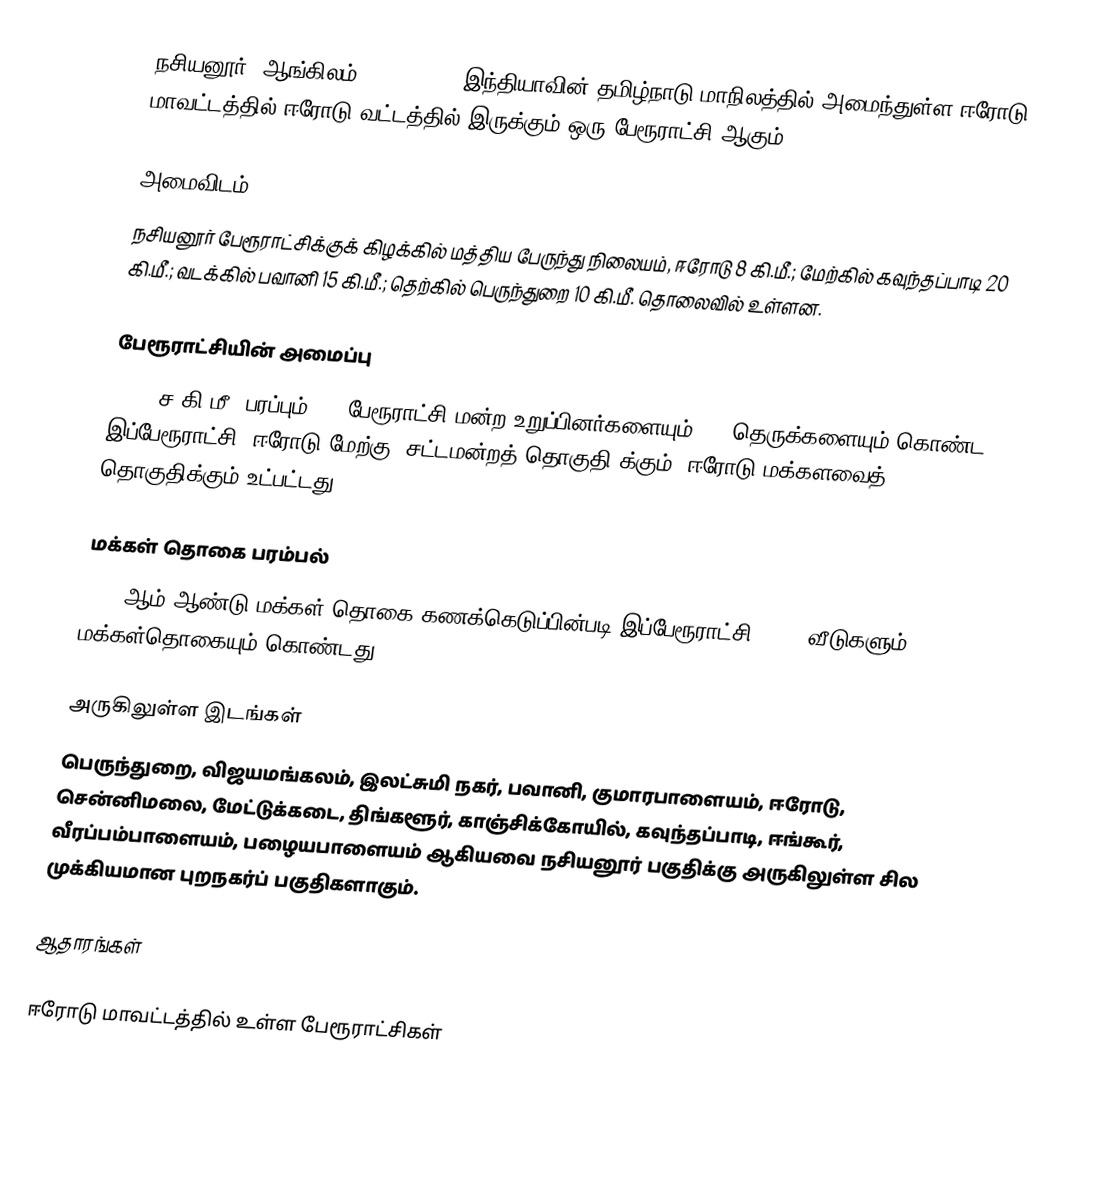
நசியனூர் (ஆங்கிலம்:Nasiyanur), இந்தியாவின் தமிழ்நாடு மாநிலத்தில் அமைந்துள்ள ஈரோடு மாவட்டத்தில் ஈரோடு வட்டத்தில் இருக்கும் ஒரு பேரூராட்சி ஆகும்.

அமைவிடம்
நசியனூர் பேரூராட்சிக்குக் கிழக்கில் மத்திய பேருந்து நிலையம், ஈரோடு 8 கி.மீ.; மேற்கில் கவுந்தப்பாடி 20 கி.மீ.; வடக்கில் பவானி 15 கி.மீ.; தெற்கில் பெருந்துறை 10 கி.மீ.  தொலைவில்  உள்ளன.

பேரூராட்சியின் அமைப்பு
17.58 ச.கி.மீ. பரப்பும், 15 பேரூராட்சி மன்ற  உறுப்பினர்களையும், 48 தெருக்களையும் கொண்ட இப்பேரூராட்சி, ஈரோடு மேற்கு (சட்டமன்றத் தொகுதி)க்கும், ஈரோடு மக்களவைத் தொகுதிக்கும் உட்பட்டது.

மக்கள் தொகை பரம்பல்
2011-ஆம் ஆண்டு மக்கள் தொகை கணக்கெடுப்பின்படி  இப்பேரூராட்சி   3,280    வீடுகளும்,    10,970 மக்கள்தொகையும் கொண்டது.

அருகிலுள்ள இடங்கள்
பெருந்துறை, விஜயமங்கலம், இலட்சுமி நகர், பவானி, குமாரபாளையம், ஈரோடு, சென்னிமலை, மேட்டுக்கடை, திங்களூர், காஞ்சிக்கோயில், கவுந்தப்பாடி, ஈங்கூர், வீரப்பம்பாளையம், பழையபாளையம் ஆகியவை நசியனூர் பகுதிக்கு அருகிலுள்ள சில முக்கியமான புறநகர்ப் பகுதிகளாகும்.

ஆதாரங்கள்

ஈரோடு மாவட்டத்தில் உள்ள பேரூராட்சிகள்